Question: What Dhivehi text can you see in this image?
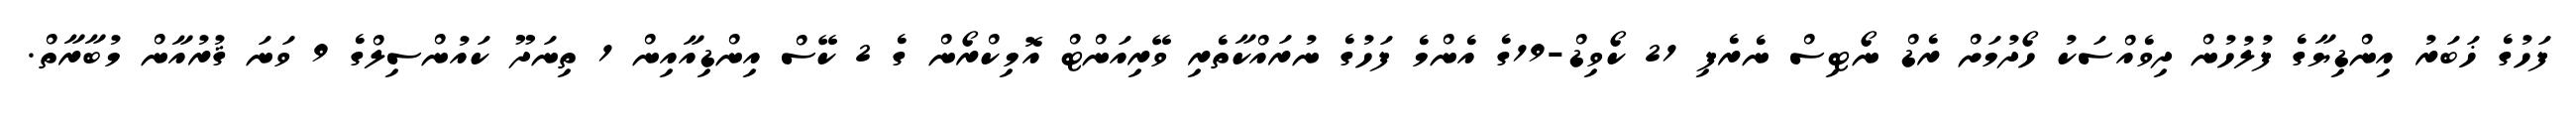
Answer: ފަހުގެ ޚަބަރު އިންޑިޔާގެ ފުލުހުން ދިވެއްސަކު ހޯދުމަށް ރެޑް ނޯޓިސް ނެރެފި 21 ކޯވިޑް-19ގެ އެންމެ ފަހުގެ ނުރައްކާތެރި ވޭރިއަންޓް އޮމިކްރޯން ގެ 2 ކޭސް އިންޑިއާއިން 1 ތިނަދޫ ކައުންސިލްގެ 9 ވަނަ ޤުރުއާން މުބާރާތް.